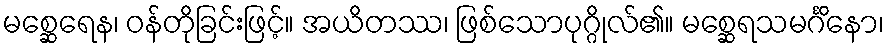
မစ္ဆေရေန၊ ဝန်တိုခြင်းဖြင့်။ အယိတဿ၊ ဖြစ်သောပုဂ္ဂိုလ်၏။ မစ္ဆေရသမင်္ဂိနော၊